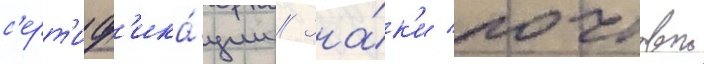
с'ерт'иф'ика́ции // Зна́к'и почтовои